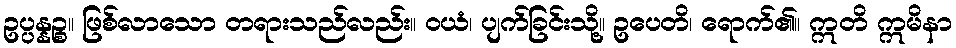
ဥပ္ပန္နဉ္စ။ ဖြစ်လာသော တရားသည်လည်း။ ဝယံ၊ ပျက်ခြင်းသို့။ ဥပေတိ၊ ရောက်၏။ ဣတိ ဣမိနာ